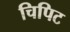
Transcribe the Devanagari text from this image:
चिपिट